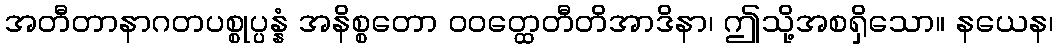
အတီတာနာဂတပစ္စုပ္ပန္နံ အနိစ္စတော ဝဝတ္ထေတီတိအာဒိနာ၊ ဤသို့အစရှိသော။ နယေန၊